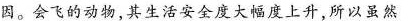
因。会飞的动物，其生活安全度大幅度上升，所以虽然